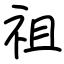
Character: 祖